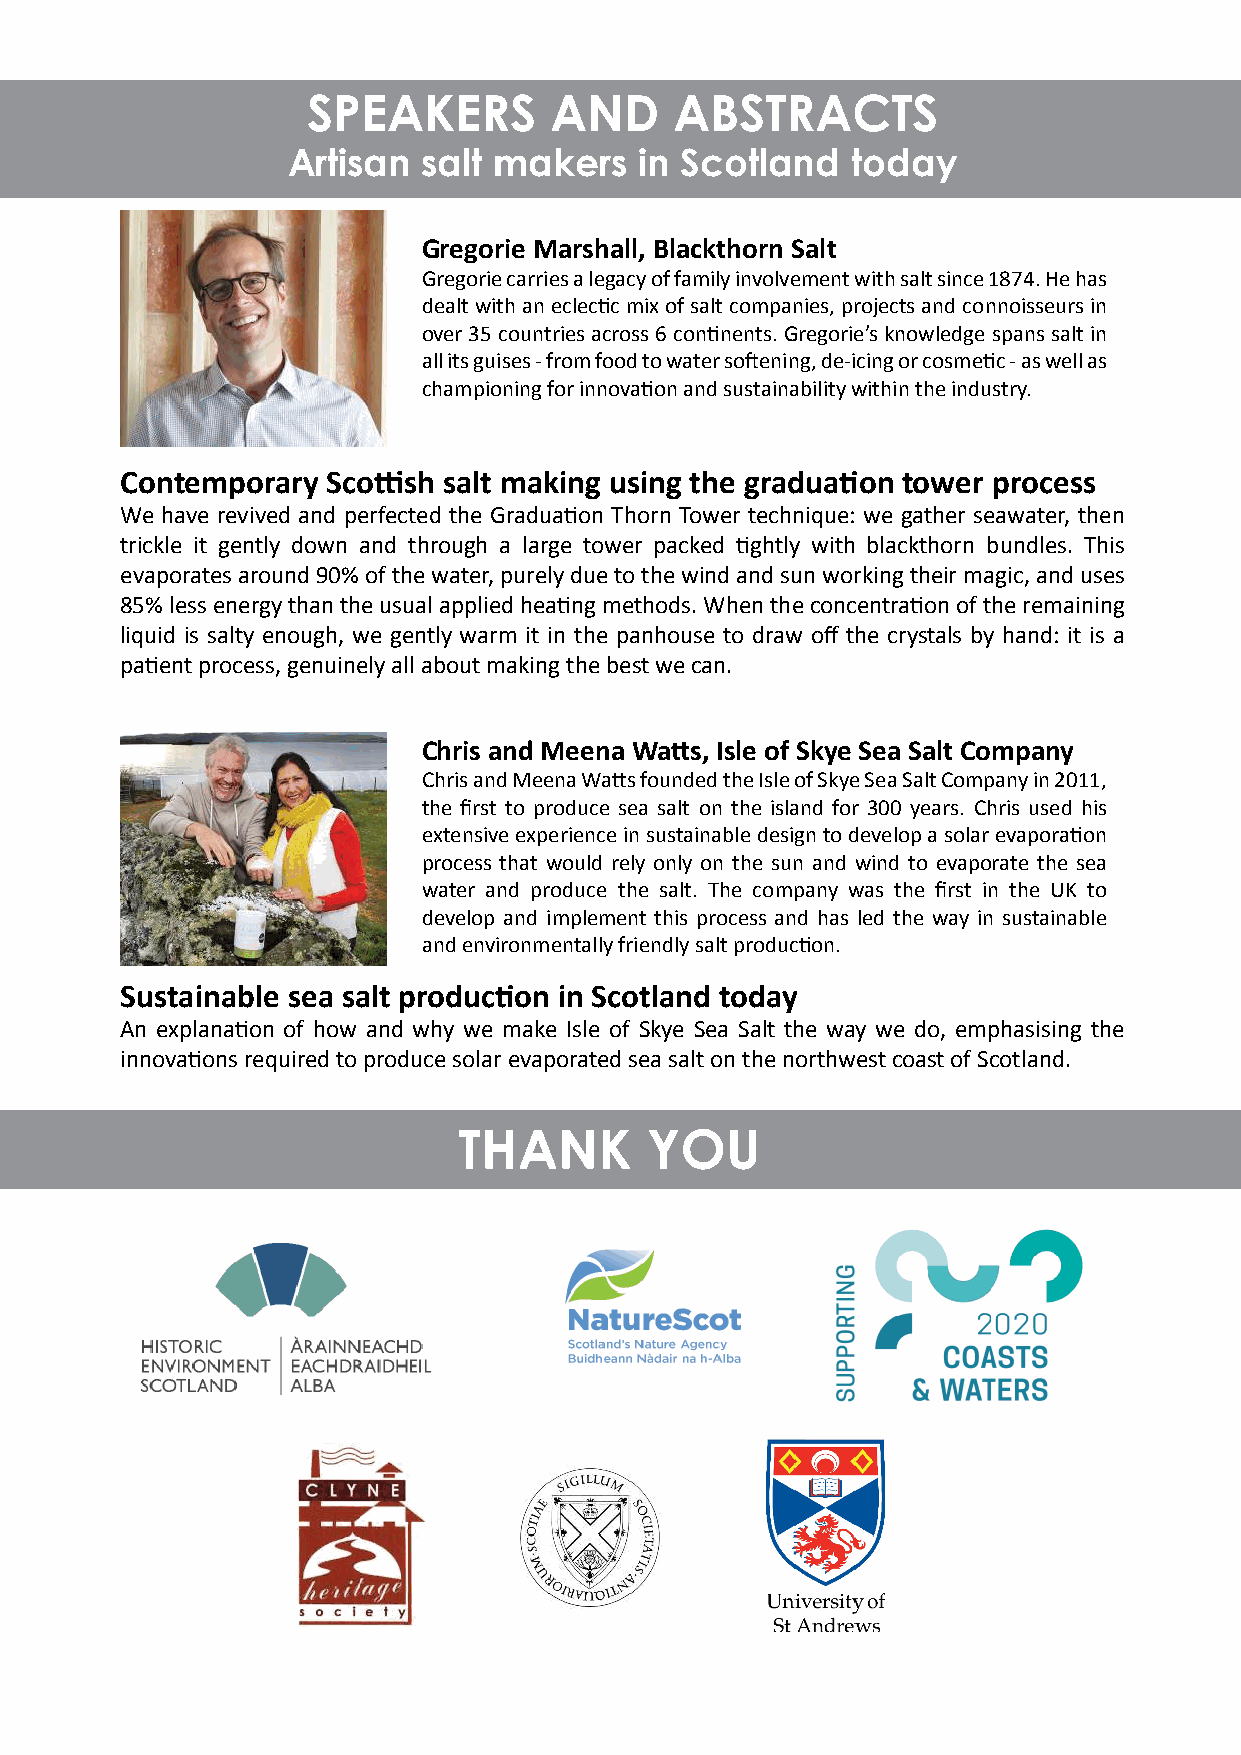
SPEAKERS        AND      ABSTRACTS
 Artisan  salt makers   in Scotland   today
 Gregorie Marshall, Blackthorn Salt
 Gregorie carries a legacy of family involvement with salt since 1874. He has
 dealt with an eclec! c mix of salt companies, projects and connoisseurs in
 over 35 countries across 6 con! nents. Gregorie’s knowledge spans salt in
 all its guises - from food to water so" ening, de-icing or cosme! c - as well as
 championing for innova! on and sustainability within the industry.
 Contemporary  Sco! sh salt making using the gradua" on tower process
 We have revived and perfected the Gradua! on Thorn Tower technique: we gather seawater, then
 trickle it gently down and through a large tower packed ! ghtly with blackthorn bundles. This
 evaporates around 90% of the water, purely due to the wind and sun working their magic, and uses
 85% less energy than the usual applied hea! ng methods. When the concentra! on of the remaining
 liquid is salty enough, we gently warm it in the panhouse to draw off the crystals by hand: it is a
 pa! ent process, genuinely all about making the best we can.
 Chris and Meena Wa# s, Isle of Skye Sea Salt Company
 Chris and Meena Wa$ s founded the Isle of Skye Sea Salt Company in 2011,
 the fi rst to produce sea salt on the island for 300 years. Chris used his
 extensive experience in sustainable design to develop a solar evapora! on
 process that would rely only on the sun and wind to evaporate the sea
 water and produce the salt. The company was the fi rst in the UK to
 develop and implement this process and has led the way in sustainable
 and environmentally friendly salt produc! on.
 Sustainable sea salt produc" on in Scotland today
 An explana! on of how and why we make Isle of Skye Sea Salt the way we do, emphasising the
 innova! ons required to produce solar evaporated sea salt on the northwest coast of Scotland.
 THANK        YOU